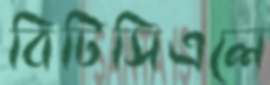
বিটিসিএলে